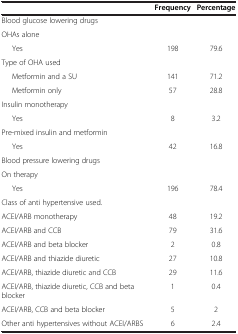
<table><thead><tr><td><b> </b></td><td><b>Frequency</b></td><td><b>Percentage</b></td></tr></thead><tbody><tr><td>Blood glucose lowering drugs</td><td> </td><td> </td></tr><tr><td>OHAs alone</td><td> </td><td> </td></tr><tr><td>Yes</td><td>198</td><td>79.6</td></tr><tr><td>Type of OHA used</td><td> </td><td> </td></tr><tr><td>Metformin and a SU</td><td>141</td><td>71.2</td></tr><tr><td>Metformin only</td><td>57</td><td>28.8</td></tr><tr><td>Insulin monotherapy</td><td> </td><td> </td></tr><tr><td>Yes</td><td>8</td><td>3.2</td></tr><tr><td>Pre-mixed insulin and metformin</td><td> </td><td> </td></tr><tr><td>Yes</td><td>42</td><td>16.8</td></tr><tr><td>Blood pressure lowering drugs</td><td> </td><td> </td></tr><tr><td>On therapy</td><td> </td><td> </td></tr><tr><td>Yes</td><td>196</td><td>78.4</td></tr><tr><td>Class of anti hypertensive used.</td><td> </td><td> </td></tr><tr><td>ACEI/ARB monotherapy</td><td>48</td><td>19.2</td></tr><tr><td>ACEI/ARB and CCB</td><td>79</td><td>31.6</td></tr><tr><td>ACEI/ARB and beta blocker</td><td>2</td><td>0.8</td></tr><tr><td>ACEI/ARB and thiazide diuretic</td><td>27</td><td>10.8</td></tr><tr><td>ACEI/ARB, thiazide diuretic and CCB</td><td>29</td><td>11.6</td></tr><tr><td>ACEI/ARB, thiazide diuretic, CCB and beta blocker</td><td>1</td><td>0.4</td></tr><tr><td>ACEI/ARB, CCB and beta blocker</td><td>5</td><td>2</td></tr><tr><td>Other anti hypertensives without ACEI/ARBS</td><td>6</td><td>2.4</td></tr></tbody></table>